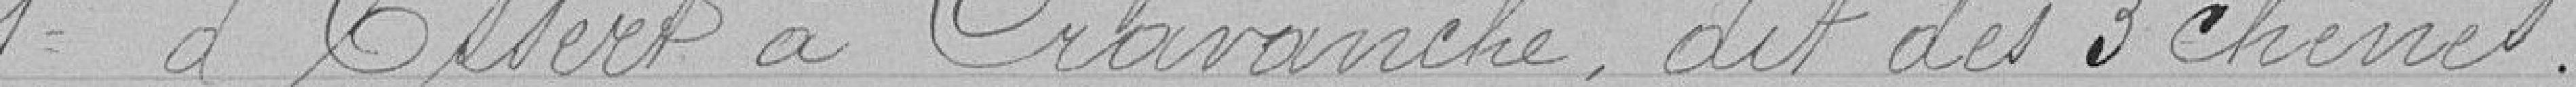
1° d'Essert à Cravanche, dite des 3 chênes